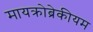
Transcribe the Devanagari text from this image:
मायक्रोब्रेकीयम